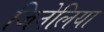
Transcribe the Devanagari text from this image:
जिनेलिया